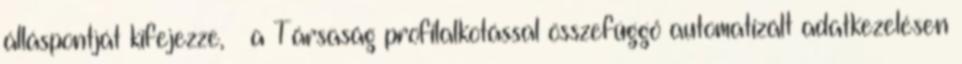
álláspontját kifejezze, · a Társaság profilalkotással összefüggő automatizált adatkezelésen